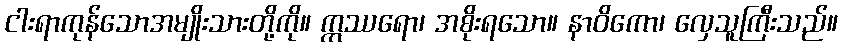
ငါးရာကုန်သောအမျိုးသားတို့ကို။ ဣဿရော၊ အစိုးရသော။ နာဝိကော၊ လှေသူကြီးသည်။